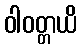
ဝါဝတ္တယိ